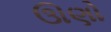
ઊણો